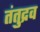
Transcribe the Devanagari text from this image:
तंतुद्रव